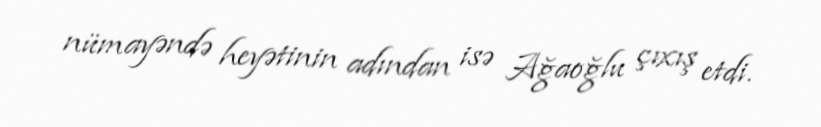
nümayəndə heyətinin adından isə Ağaoğlu çıxış etdi.